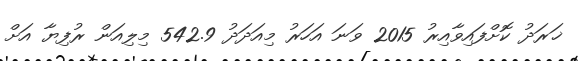
ޚަރަދު ކޮށްފައިވާއިރު 2015 ވަނަ އަހަރު މިއަދަދު 542.9 މިލިއަން ރުފިޔާ އަށް